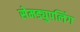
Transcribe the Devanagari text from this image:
सेमड्युपलिंग